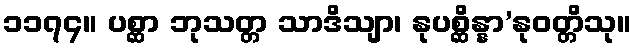
၁၁၇၄။ ပစ္ဆာ ဘုသတ္တ သာဒိသျာ၊ နုပစ္ဆိန္နာ’နုဝတ္တိသု။